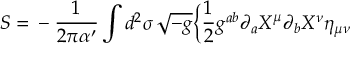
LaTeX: S = { } - { \frac { 1 } { 2 \pi \alpha ^ { \prime } } } \int d ^ { 2 } \sigma \, \sqrt { - g } \Bigl \{ { \frac { 1 } { 2 } } g ^ { a b } \partial _ { a } X ^ { \mu } \partial _ { b } X ^ { \nu } \eta _ { \mu \nu }